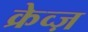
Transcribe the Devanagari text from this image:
क्रेव्ज़